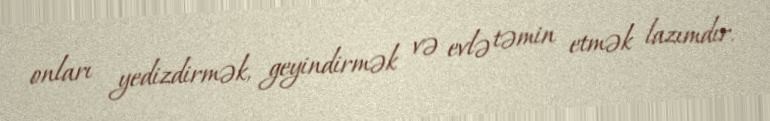
onları yedizdirmək, geyindirmək və evlə təmin etmək lazımdır.